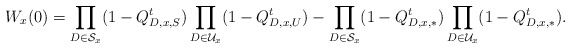
\begin{align*}W_x(0)&=\prod_{D\in\mathcal{S}_{x}}(1- Q_{D,x,S}^t)\prod_{D\in\mathcal{U}_{x}}(1- Q_{D,x,U}^t)-\prod_{D\in\mathcal{S}_{x}}(1- Q_{D,x,*}^t)\prod_{D\in\mathcal{U}_{x}}(1- Q_{D,x,*}^t).\end{align*}